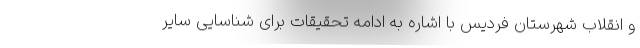
و انقلاب شهرستان فردیس با اشاره به ادامه تحقیقات برای شناسایی سایر